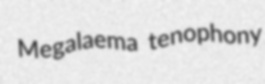
Megalaema tenophony